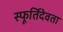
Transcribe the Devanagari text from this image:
स्फूर्तिदेवता